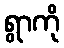
ရွာကို